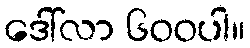
ဒေါ်လာ ၆၀၀ပါ။